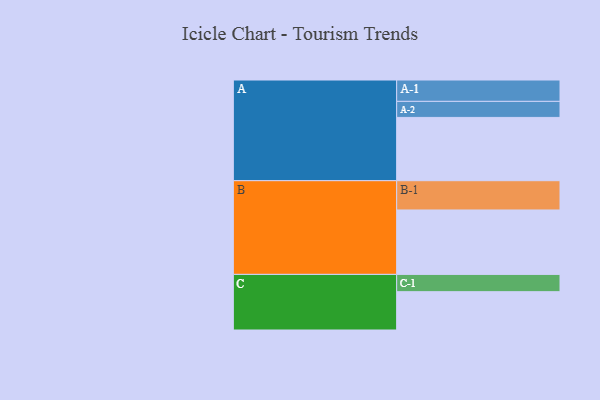
{"axis": {"x": "Segment", "y": "Value"}, "legend": ["", "A", "B", "C"], "data": [{"x": "A", "y": 560, "type": ""}, {"x": "B", "y": 570, "type": ""}, {"x": "C", "y": 339, "type": ""}, {"x": "A-1", "y": 189, "type": "A"}, {"x": "A-2", "y": 142, "type": "A"}, {"x": "B-1", "y": 259, "type": "B"}, {"x": "C-1", "y": 153, "type": "C"}]}